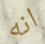
انه